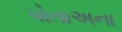
પોતાઅના